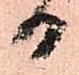
日